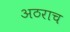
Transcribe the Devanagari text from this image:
अठराच